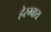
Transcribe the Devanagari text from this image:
हेरम्बाय